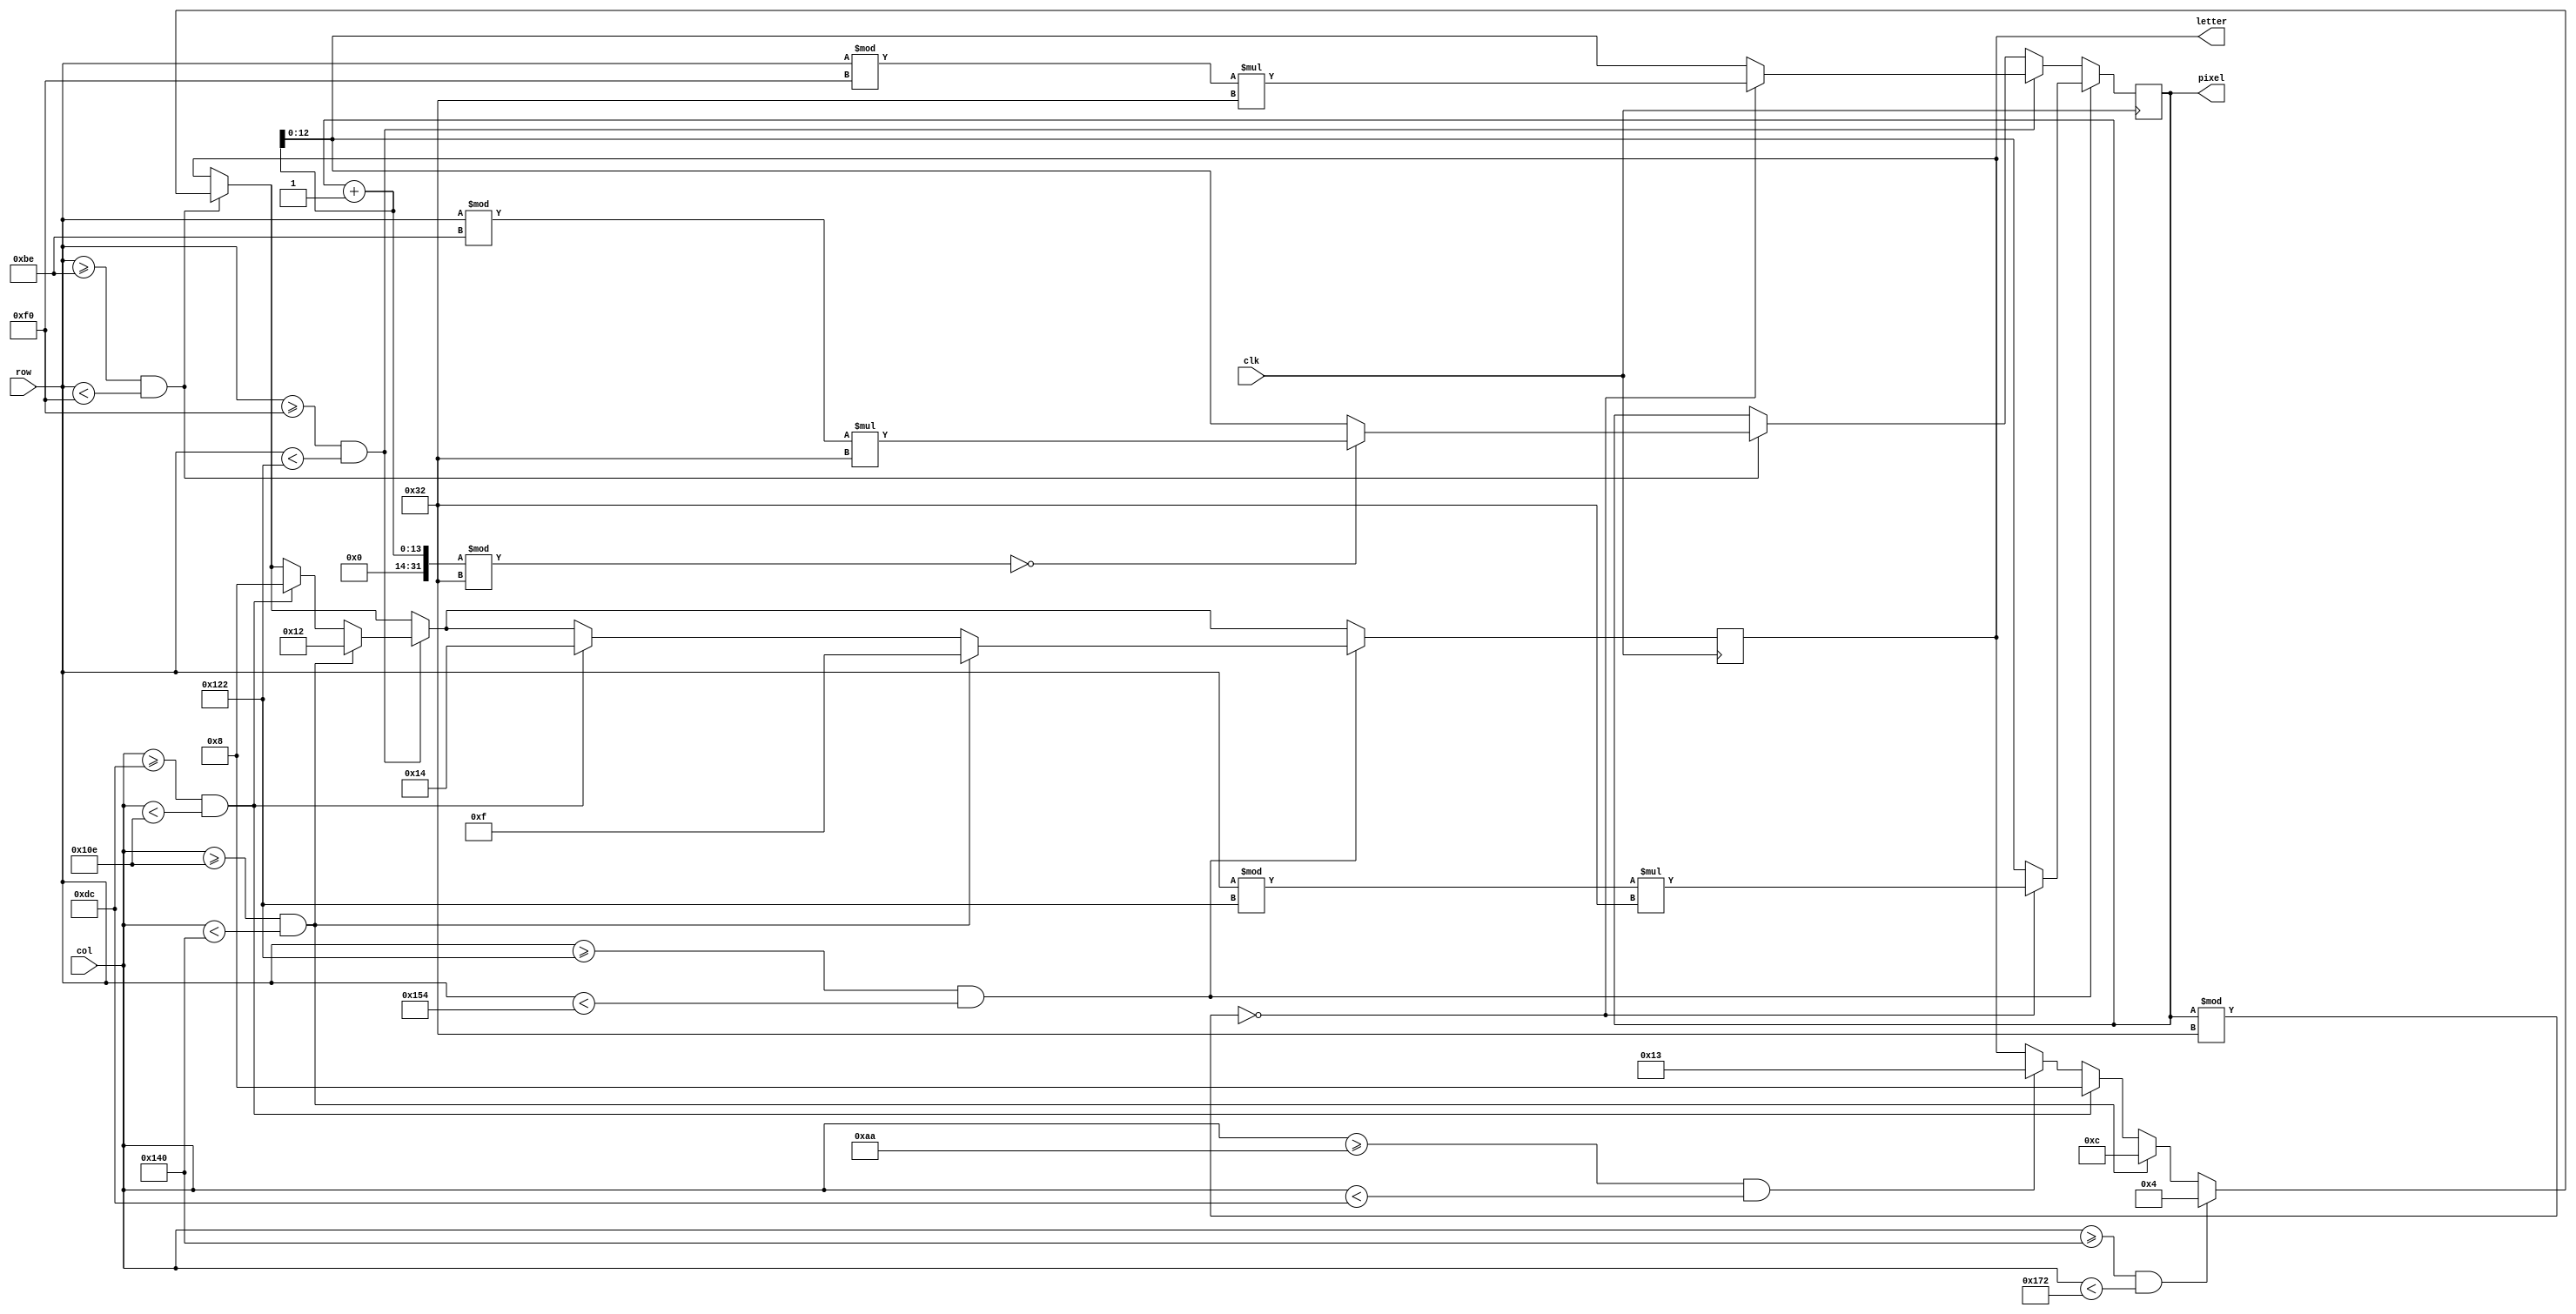
module time_is_up(row, col, letter, pixel, clk);
	
	input clk;
	input [8:0] row;
	input [9:0] col;

	reg [4:0] display_letter;
	reg [12:0] times_up_pixel;

	output [4:0] letter;
	output [12:0] pixel;

	always @(posedge clk)
	begin
		// ROW 1
		if((row>=190 & row <240))
		begin
			// T
			if (col>=170 & col<220)
				display_letter <= 5'd19;

			// I
			if((col>=220 & col<270))
				display_letter <= 5'd8;

			// M
			if((col>=270 & col<320))
				display_letter <= 5'd12;

			// E
			if((col>=320 & col<370))
				display_letter <= 5'd4;

			// pixel counter
			if((times_up_pixel+1) % 50 == 0)
				times_up_pixel <= (row%190)*50;
			else
				times_up_pixel <= times_up_pixel + 1;
		end

		// ROW 2
		if((row>=240 & row <290))
		begin
			// I
			if((col>=220 & col<270))
				display_letter <= 5'd8;

			// S
			if((col>=270 & col<320))
				display_letter <= 5'd18;

			// pixel counter
			if(times_up_pixel % 50 == 0)
				times_up_pixel <= (row%240)*50;
			else
				times_up_pixel <= times_up_pixel + 1;
		end

		// ROW 3
		if((row>=290 & row <340))
		begin
			// U
			if((col>=220 & col<270))
				display_letter <= 5'd20;

			// P
			if((col>=270 & col<320))
				display_letter <= 5'd15;

			// pixel counter
			if(times_up_pixel % 50 == 0)
				times_up_pixel <= (row%290)*50;
			else
				times_up_pixel <= times_up_pixel + 1;
		end


	end

	assign pixel = times_up_pixel;
	assign letter = display_letter;

endmodule